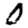
Digit: 0